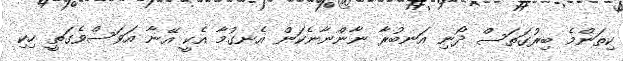
ކިތަންމެ ބިރުގަތަސް ދޯނި އަނބުރާ ނާންނާނެކަން އެނގުމާ އެކީ އޭނާ އަވަސްވެގަތީ ހިކި